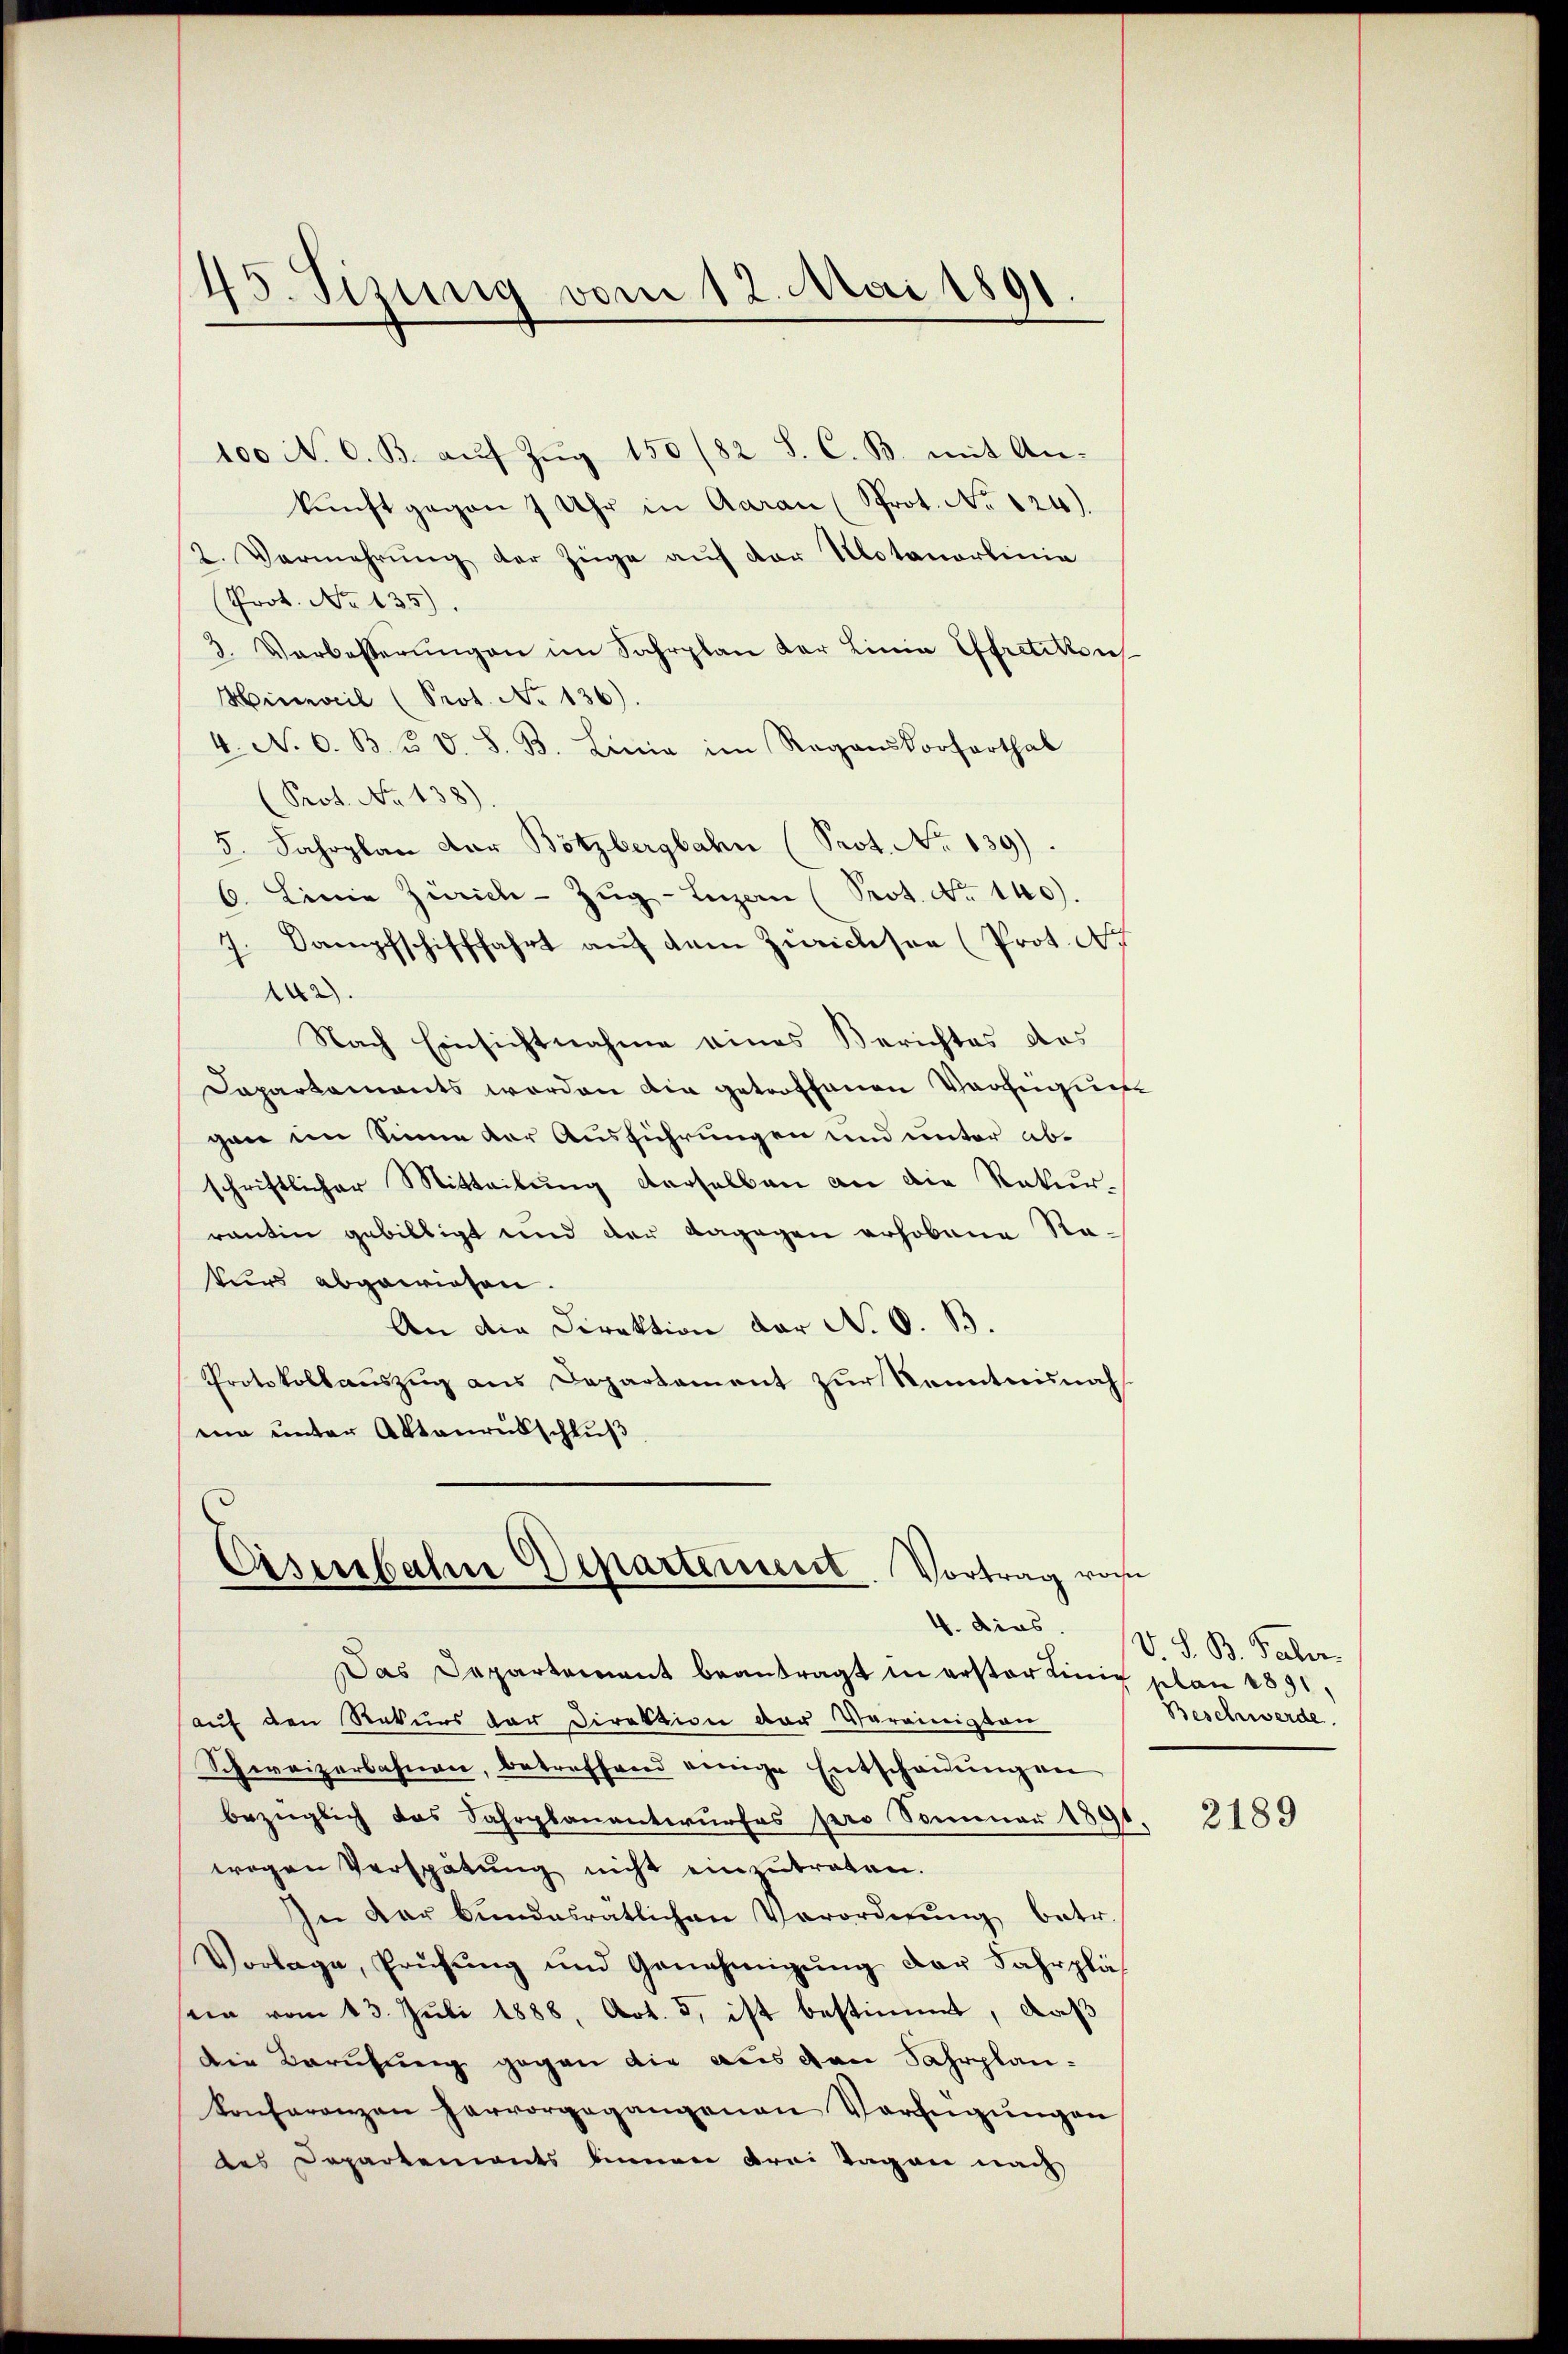
45. Sizung vom 12. Mai 1891.

100 No. 6. B. aŭf Zŭg 150 (82 S. C. B. mit An-
kŭnft gegen 7 Uhr in Aarau (Prot. No 124).
2. Vermehrung der Züge auf der Motanarlinia
Prot. No 135).
3. Verbesserŭngen im Fahrplan der Linia Effretikon
Hinweil (Prot. No 136).
4. No. 6. B. u. d. S. B. Linie im Regenskorforthab
Prot. No 138)
5. Jahrplan der Bötzbergbahn (Prot. No 139)
6. Linie Zürich-Zŭg-Luzan (Prot. No. 140).
7. Dampfschifffahrt auf dem Zürichsen (Prot. N
142).
Nach Einsichtnahme eines Berichtes des
Dapartaments worden die getroffenen Verfügung
gane im Sinne der Ausführungen und unter abschriftlicher Mitteilung derselben an die Rekurrantin gebilligt und der dagegen erhobene Rakurs abgewiesen.
An die Direktion der N. O. B.
Protokollauszug aus Departement zur Kenntnisnah
eie unter Aktenrübschluß

Eisenbahne Departement. Vortrag von

Das Departement beantragt in erster einig plan 1891,
auf den Rekurs der Direktion der Vereinigten
Schweizerbahnen, betreffend einige Entscheidungen
bezüglich das Fahrplanantwurfes pro Sommer 1891
wegen Verspätung nicht einzŭtreten.
In der bundesratlichen Verordnŭng betr.
Vorlage, Prüfŭng und Genehmigŭng der Fahrplät
nin vom 13. Juli 1888, Art. 5, ist bestimmt, daß
Die Berufung gegen die aus den Fahrplankonferenzen hervorgegangenen Verfügŭngen
des Departements binnen drei Tagen nach

4. dies. V S. B. Fahr-
Beschwerde.

2189